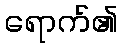
ရောက်၏